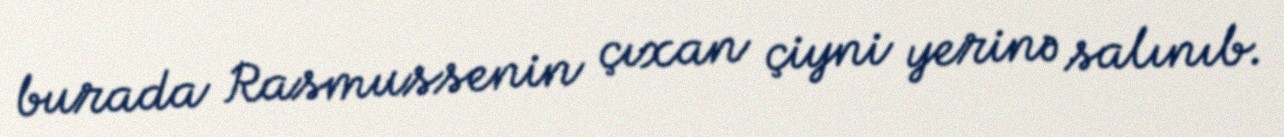
burada Rasmussenin çıxan çiyni yerinə salınıb.